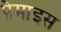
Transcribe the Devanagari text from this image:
प्रेमाइस